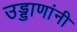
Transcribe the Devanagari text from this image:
उड्डाणांनी